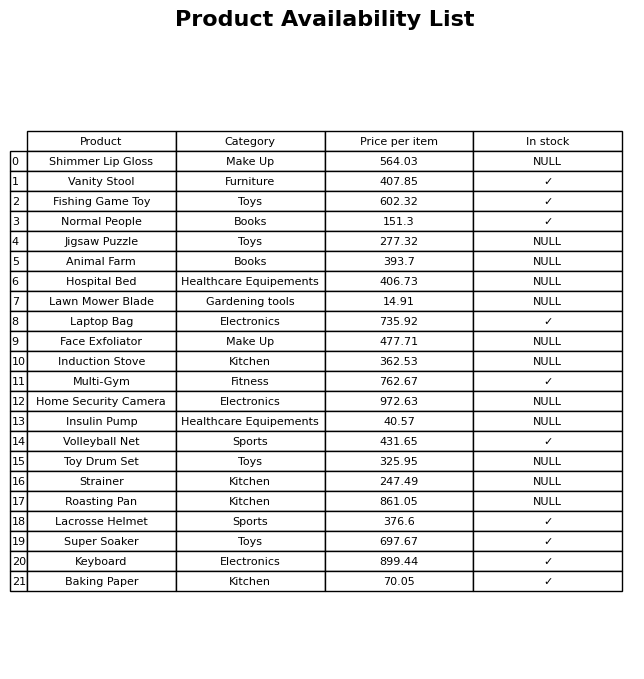
question: What category does the Induction Stove belong to?
answer: Kitchen